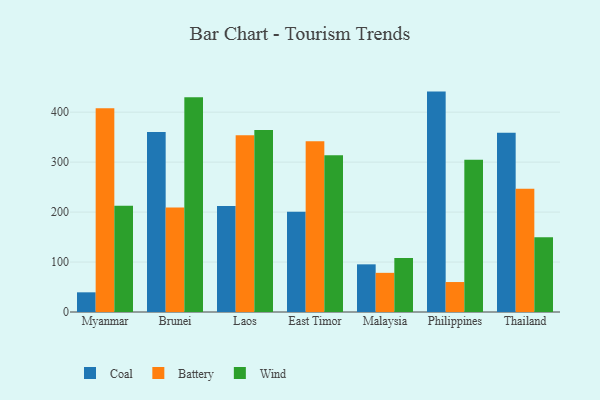
{"axis": {"x": "Country", "y": "Revenue (USD Million)"}, "legend": ["Battery", "Coal", "Wind"], "data": [{"x": "Myanmar", "y": 39.4, "type": "Coal"}, {"x": "Myanmar", "y": 407.9, "type": "Battery"}, {"x": "Myanmar", "y": 212.7, "type": "Wind"}, {"x": "Brunei", "y": 360.4, "type": "Coal"}, {"x": "Brunei", "y": 209.3, "type": "Battery"}, {"x": "Brunei", "y": 430.0, "type": "Wind"}, {"x": "Laos", "y": 212.3, "type": "Coal"}, {"x": "Laos", "y": 353.9, "type": "Battery"}, {"x": "Laos", "y": 364.5, "type": "Wind"}, {"x": "East Timor", "y": 200.8, "type": "Coal"}, {"x": "East Timor", "y": 342.0, "type": "Battery"}, {"x": "East Timor", "y": 313.9, "type": "Wind"}, {"x": "Malaysia", "y": 95.4, "type": "Coal"}, {"x": "Malaysia", "y": 78.4, "type": "Battery"}, {"x": "Malaysia", "y": 108.3, "type": "Wind"}, {"x": "Philippines", "y": 441.2, "type": "Coal"}, {"x": "Philippines", "y": 60.0, "type": "Battery"}, {"x": "Philippines", "y": 304.9, "type": "Wind"}, {"x": "Thailand", "y": 358.9, "type": "Coal"}, {"x": "Thailand", "y": 246.7, "type": "Battery"}, {"x": "Thailand", "y": 149.5, "type": "Wind"}]}